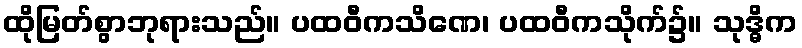
ထိုမြတ်စွာဘုရားသည်။ ပထဝီကသိဏေ၊ ပထဝီကသိုက်၌။ သုဒ္ဓိက